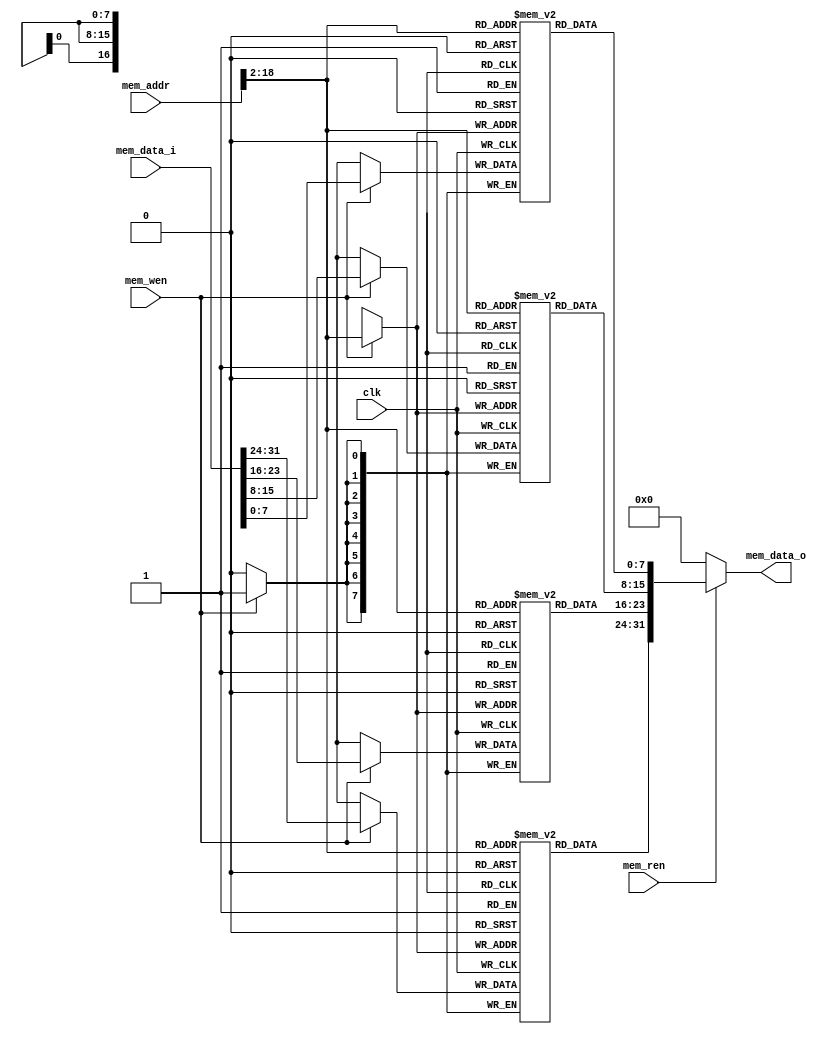
`timescale 1ns / 1ps
///////////////////////
//module: DataMem
//Project name:Yinger
///////////////////////

module DataMem(
input clk,mem_wen,mem_ren,
input[31:0] mem_addr,
input[31:0] mem_data_i,
output[31:0] mem_data_o
);
reg[7:0] data_mem0[0:66535];
reg[7:0] data_mem1[0:66535];
reg[7:0] data_mem2[0:66535];
reg[7:0] data_mem3[0:66535];
///////////////////////DEFINE THE REGS AND WIRES////////////////////
//
always@(negedge clk)begin
if(mem_wen)begin
data_mem0[mem_addr[31:2]] <= mem_data_i[7:0];
data_mem1[mem_addr[31:2]] <= mem_data_i[15:8];
data_mem2[mem_addr[31:2]] <= mem_data_i[23:16];
data_mem3[mem_addr[31:2]] <= mem_data_i[31:24];
end
end
///////////////////////WRITE////////////////////////////////////////
//
assign mem_data_o=(mem_ren)?{data_mem3[mem_addr[31:2]],data_mem2[mem_addr[31:2]],data_mem1[mem_addr[31:2]],data_mem0[mem_addr[31:2]]}:32'b0; 
///////////////////////READ/////////////////////////////////////////
endmodule